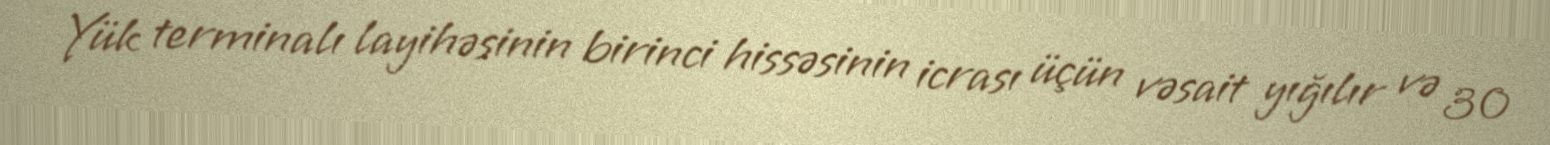
Yük terminalı layihəsinin birinci hissəsinin icrası üçün vəsait yığılır və 30